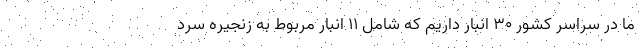
ما در سراسر کشور ۳۰ انبار داریم که شامل ۱۱ انبار مربوط به زنجیره سرد